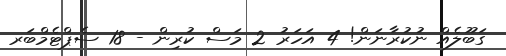
ގަބޫލެއް ނުކުރާނަން! 4 އަހަރު 2 މަސް ކުރިން - 18 ސެޕްޓެމްބަރ